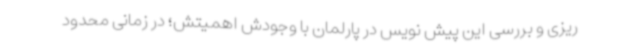
ریزی و بررسی این پیش نویس در پارلمان با وجودش اهمیتش؛ در زمانی محدود